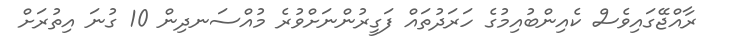
ރާއްޖޭގައިވެސް ކެއިންބުއިމުގެ ހަރަދުތައް ފަގީރުންނަށްވުރެ މުއްސަނދިން 10 ގުނަ އިތުރަށް